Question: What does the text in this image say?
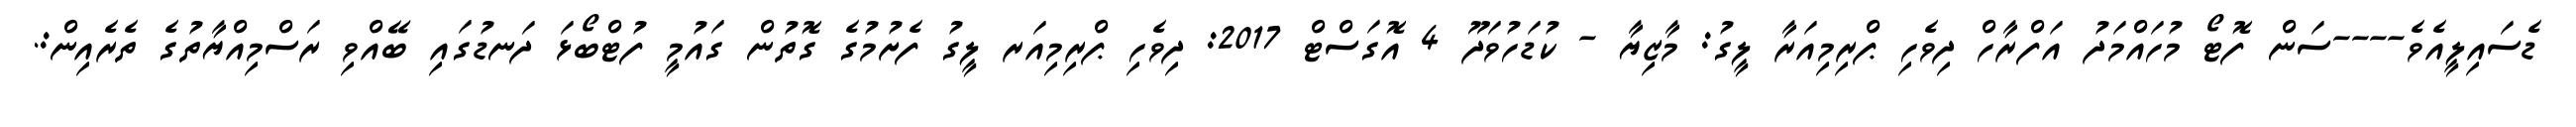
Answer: ޑެސައިލީއެވެ----ސަން ފޮޓޯ މުހައްމަދު އަފްރާހް ދިވެހި ޕްރިމިއަރާ ލީގު: މާޒިޔާ - ކުޑަހުވަދޫ 4 އޮގަސްޓް 2017: ދިވެހި ޕްރިމިއަރ ލީގު ފެށުމުގެ ގޮތުން ގައުމީ ފުޓްބޯޅަ ދަނޑުގައި ބޭއްވި ރަސްމިއްޔާތުގެ ތެރެއިން:.